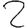
Digit: 2